Vaccination in Burma 1889-1999 - 1889-1999
Year: 1889
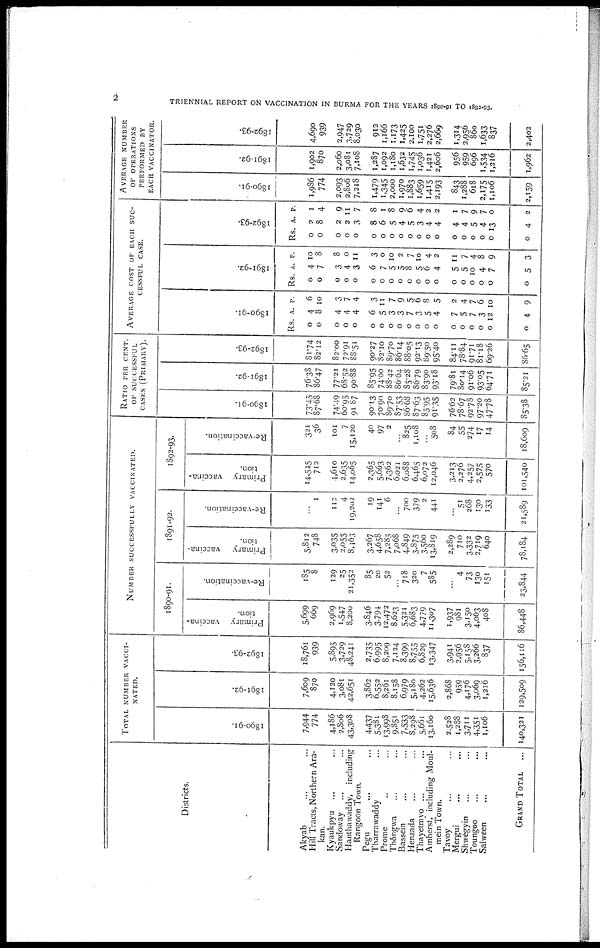
2
TRIENNIAL REPORT ON VACCINATION IN BURMA FOR THE YEARS 1890-91 TO 1892-93.
Districts.
Akyab ... ...
Hill Tracts, Northern Ara-
kan.
Kyaukpyu ... ...
Sandoway ... ...
Hanthawaddy, including
Rangoon Town.
Pegu ... ...
Tharrawaddy ...
Prome ... ...
Thôngwa ... ...
Bassein ... ...
Henzada ... ...
Thayetmyo ... ...
Amherst, including Moul-
-ein Town.
Tavoy ... ...
Mergui ... ...
Shwegyin ... ...
Toungoo ... ...
Salween ... ...
GRAND TOTAL ...
TOTAL NUMBER VACCI-
NATED.
1890-91.
7,944
774
4,186
2,806
43,308
4,437
5,381
13,998
9,851
7,533
8,298
5,661
13,160
2,528
1,288
3,711
4,351
1,106
140,321
1891-92.
7,609
870
4,120
3,081
42,651
3,862
6,552
8,261
8,158
6,979
5,180
4,262
15,636
2,868
959
4,176
3,069
1,216
129,509
1892-93.
18,761
939
5,895
3,729
48,241
2,735
6,995
8,209
7,124
8,399
8,755
6,829
13,347
3,941
2,956
5,158
3,266
837
156,116
NUMBER SUCCESSFULLY VACCINATED.
1890-91.
Primary vaccina-
tion.
5,699
669
2,969
1,547
8,200
3,846
3,794
12,472
8,623
5,321
6,683
4,779
11,307
1,937
981
3,150
4,063
408
86,448
Re-vaccination.
185
8
129
25
21,352
85
20
52
...
718
320
7
585
...
4
73
130
151
23,844
1891-92.
Primary vaccina-
tion.
5,812
748
3,035
2,055
8,463
3,267
4,658
7,285
7,068
4,849
3,875
3,560
13,819
2,289
710
3,332
2,719
640
78,184
Re-vaccination.
...
1
112
4
19,202
19
141
6
...
700
379
2
441
...
51
268
130
133
21,589
1892-93.
Primary vaccina-
tion.
14,545
712
4,610
2,635
14,065
2,365
5,663
7,362
6,021
6,088
6,465
6,072
12,046
3,213
2,276
4,257
2,575
570
101,540
Re-vaccination.
321
36
101
7
15,120
40
97
2
...
825
1,108
...
508
84
55
274
17
14
18,609
RATIO PER CENT.
OF SUCCESSFUL
CASES (PRIMARY).
1890-91.
73.45
87.68
74.49
60.95
91.87
90.13
70.90
89.70
87.53
86.68
87.63
85.95
91.35
76.62
78.67
92.78
97.20
47.78
85.38
1891-92.
76.38
86.47
77.21
68.52
90.88
85.95
74.00
88.42
86.64
85.28
86.79
83.90
93.18
79.81
80.14
91.06
93.05
64.71
85.21
1892-93.
81.74
82.12
82.00
72.91
88.51
90.27
82.10
89.70
86.14
88.05
92.13
89.50
95.40
84.11
78.84
91.71
81.18
69.26
86.65
AVERAGE COST OF EACH SUC-
CESSFUL CASE.
1890-91.
Rs.
0
0
0
0
0
0
0
0
0
0
0
0
0
0
0
0
0
0
0
A.
4
8
4
4
4
6
5
3
3
7
3
5
4
7
5
7
3
12
4
P.
6
10
3
7
4
3
11
7
9
5
6
8
5
2
4
7
6
10
9
1891-92.
Rs.
0
0
0
0
0
0
0
0
0
0
0
0
0
0
0
0
0
0
0
A.
4
7
3
4
3
6
7
5
5
8
5
6
4
5
5
10
4
7
5
P.
10
8
8
0
11
3
0
10
2
7
10
4
2
11
7
4
8
9
3
1892-93.
Rs.
0
0
0
0
0
0
0
0
0
0
0
0
0
0
0
0
0
0
0
A.
2
8
2
2
3
8
6
5
4
5
3
4
4
4
4
5
4
13
4
P.
1
4
9
11
7
8
1
8
9
6
4
2
2
1
7
9
7
0
2
AVERAGE NUMBER
OF OPERATIONS
PERFORMED BY
EACH VACCINATOR.
1890-91.
1,986
774
2,093
2,806
7,218
1,479
1,345
2,000
1,970
1,883
1,659
1,415
2,193
843
1,288
618
2,175
1,106
2,159
1891-92.
1,902
870
2,060
3,081
7,108
1,287
1,092
1,180
1,632
1,745
1,036
1,421
2,606
956
959
696
1,534
1,216
1,962
1892-93.
4,690
939
2,947
3,729
8,030
912
1,166
1.173
1,425
2,100
1,751
2,276
2,669
1,314
2,956
860
1,633
837
2,402